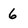
Character: 6